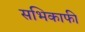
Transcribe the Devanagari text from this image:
सभिकाफी